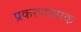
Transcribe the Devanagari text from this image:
प्रकरणात्मक